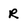
Character: R